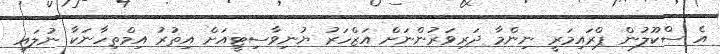
އެ ސްކޫލުން ޕްރައިމަރީ ނިންމާ ދަރިވަރުންނަށް އަޒްހަރު ޔުނިވާސިޓީއަށް އިތުރު އިމްތިހާނަކާ ނުލައި